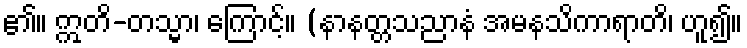
၏။ ဣတိ-တသ္မာ၊ ကြောင့်။ (နာနတ္တသညာနံ အမနသိကာရာတိ၊ ဟူ၍။